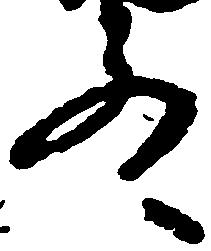
殿